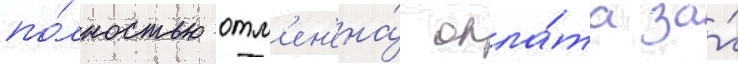
по́лностью отм'ен'ена́ опла́та за́